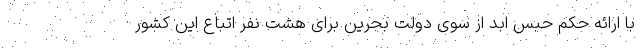
با ارائه حکم حبس ابد از سوی دولت بحرین برای هشت نفر اتباع این کشور